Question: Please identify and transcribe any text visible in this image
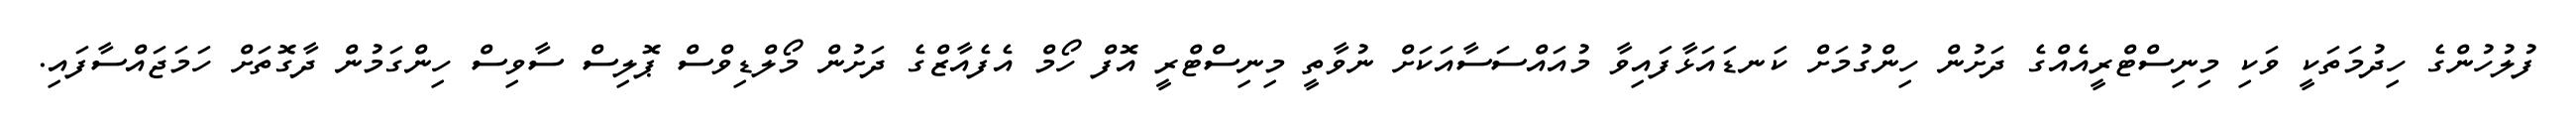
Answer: ފުލުހުންގެ ހިދުމަތަކީ ވަކި މިނިސްޓްރީއެއްގެ ދަށުން ހިންގުމަށް ކަނޑައަޅާފައިވާ މުއައްސަސާއަކަށް ނުވާތީ މިނިސްޓްރީ އޮފް ހޯމް އެފެއާޒްގެ ދަށުން މޯލްޑިވްސް ޕޮލިސް ސާވިސް ހިންގަމުން ދާގޮތަށް ހަމަޖައްސާފައި.